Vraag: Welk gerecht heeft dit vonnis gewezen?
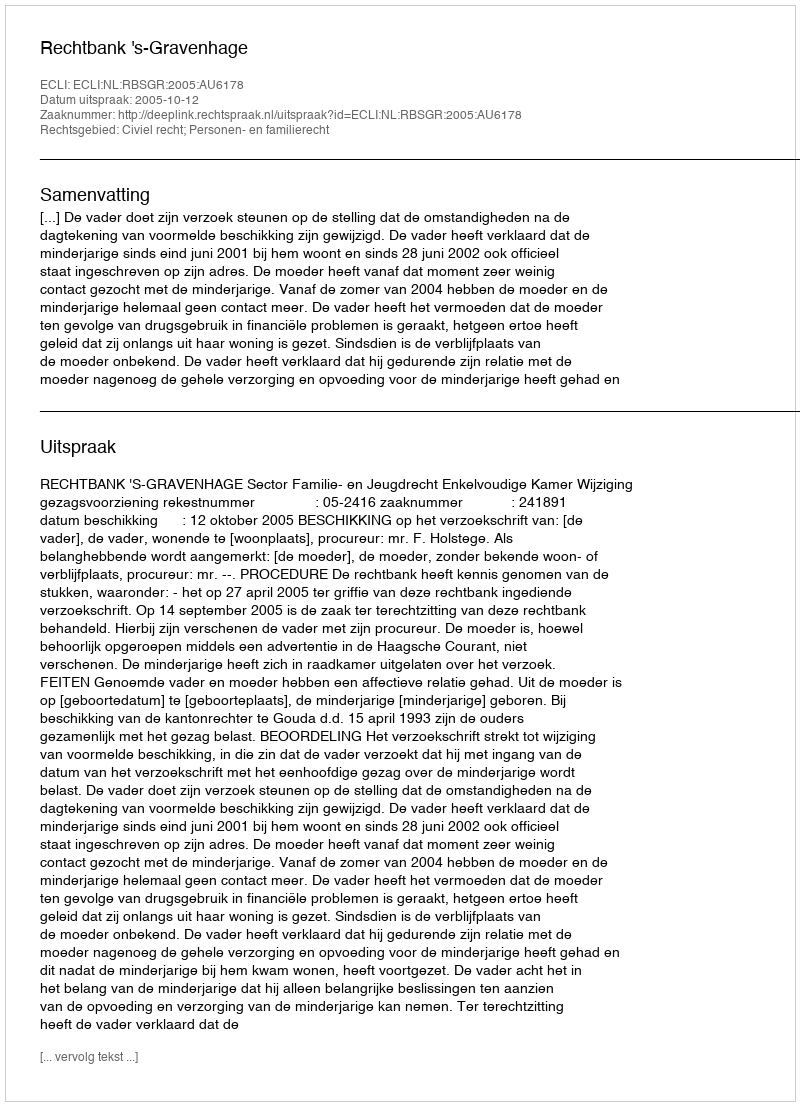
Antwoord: Rechtbank 's-Gravenhage